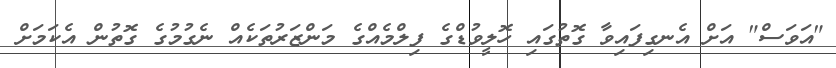
"އަވަސް" އަށް އެނގިފައިވާ ގޮތުގައި ހޮލީވުޑްގެ ފިލްމެއްގެ މަންޒަރުތަކެއް ނެގުމުގެ ގޮތުން އެކަމަށް